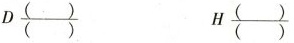
D\frac{()}{()} H\frac{()}{()}